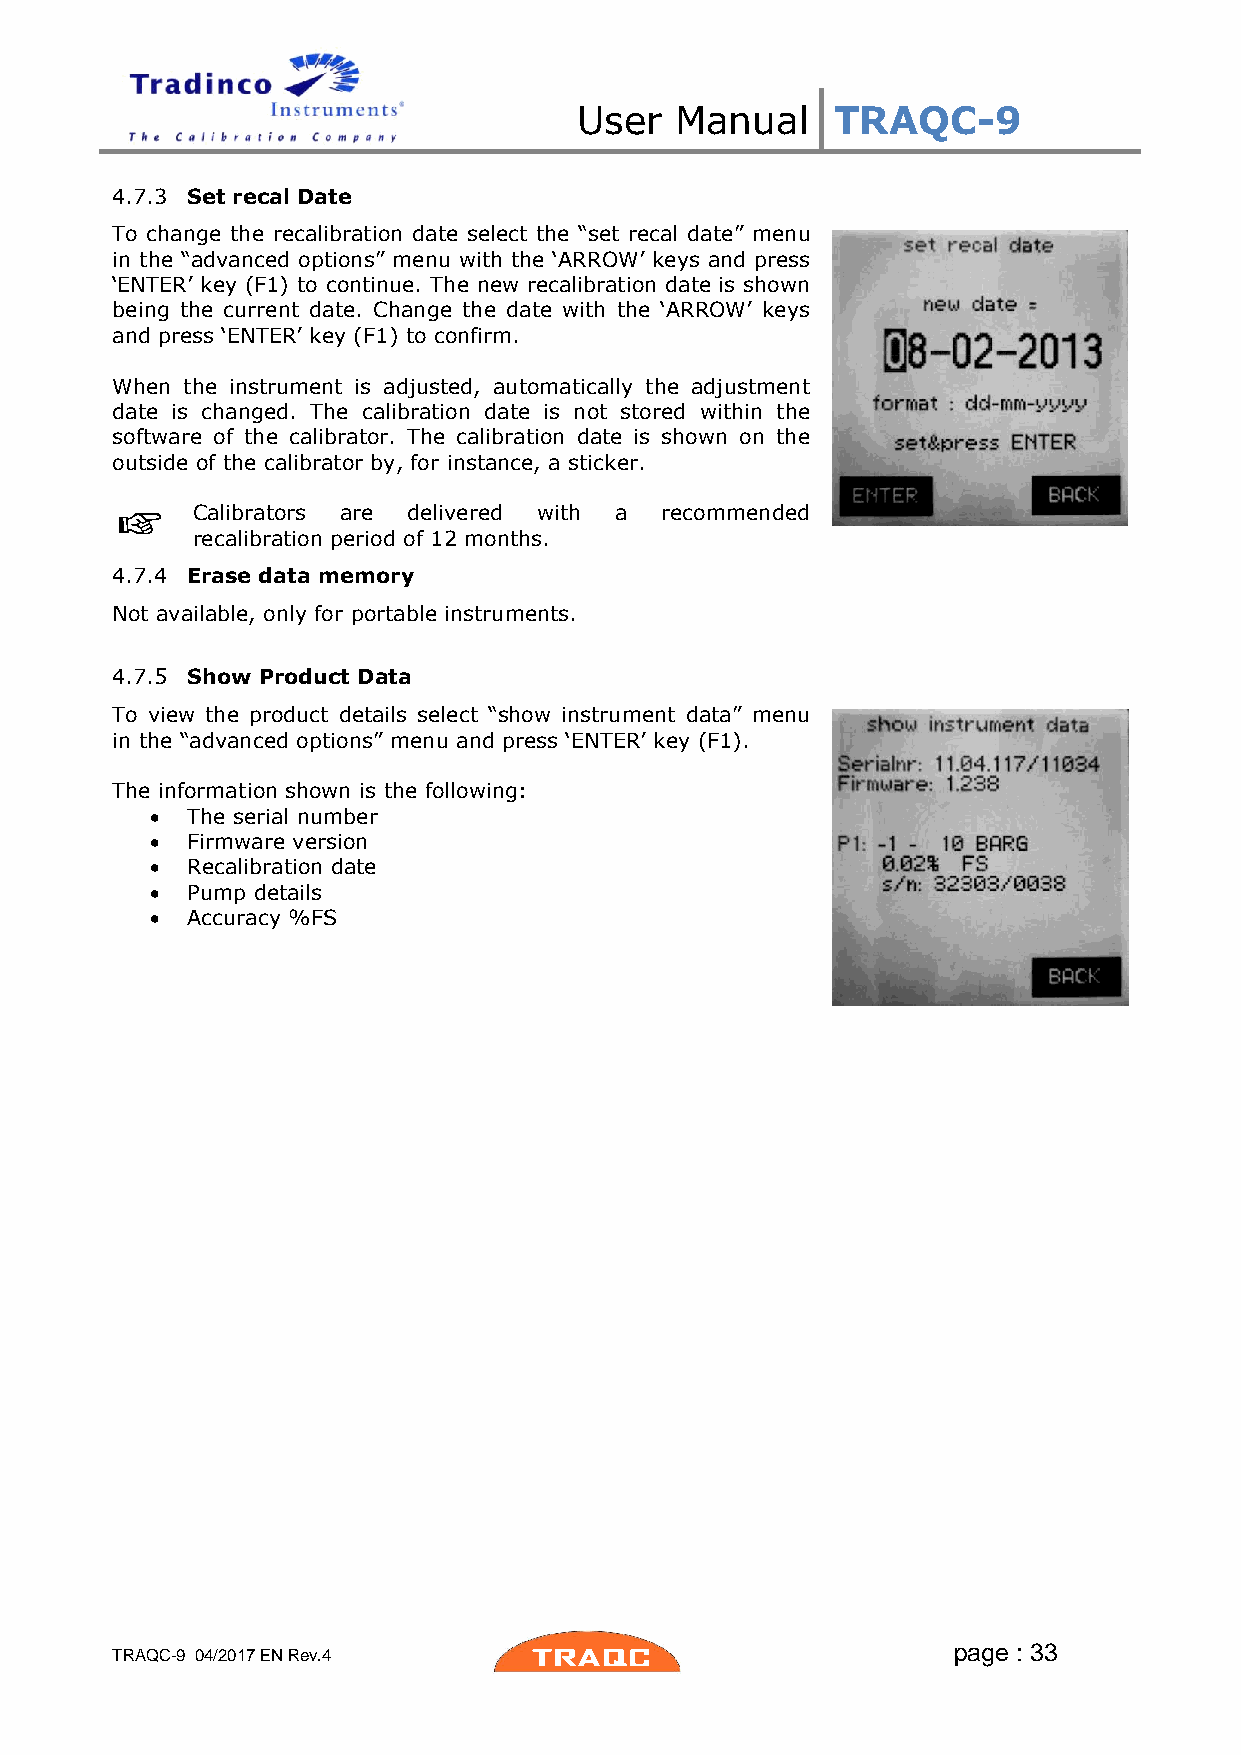
User   Manual    TRAQC-9
 4.7.3 Set recal Date
 To change the recalibration date select the “set recal date” menu
 in the “advanced options” menu with the ‘ARROW’ keys and press
 ‘ENTER’ key (F1) to continue. The new recalibration date is shown
 being the current date. Change the date with the ‘ARROW’ keys
 and press ‘ENTER’ key (F1) to confirm.
 When the instrument is adjusted, automatically the adjustment
 date is changed. The calibration date is not stored within the
 software of the calibrator. The calibration date is shown on the
 outside of the calibrator by, for instance, a sticker.
 Calibrators are delivered with a recommended
 recalibration period of 12 months.
 4.7.4 Erase data memory
 Not available, only for portable instruments.
 4.7.5 Show Product Data
 To view the product details select “show instrument data” menu
 in the “advanced options” menu and press ‘ENTER’ key (F1).
 The information shown is the following:
  The serial number
  Firmware version
  Recalibration date
  Pump details
  Accuracy %FS
 page : 33
 TRAQC-9 04/2017 EN Rev.4